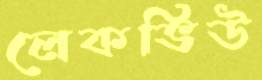
লেকভিউ